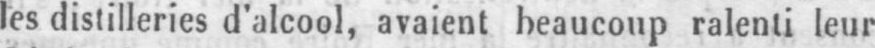
les distilleries d’alcool, avaient beaucoup ralenti leur